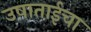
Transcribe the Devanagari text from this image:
उषाताईचा